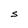
Character: S